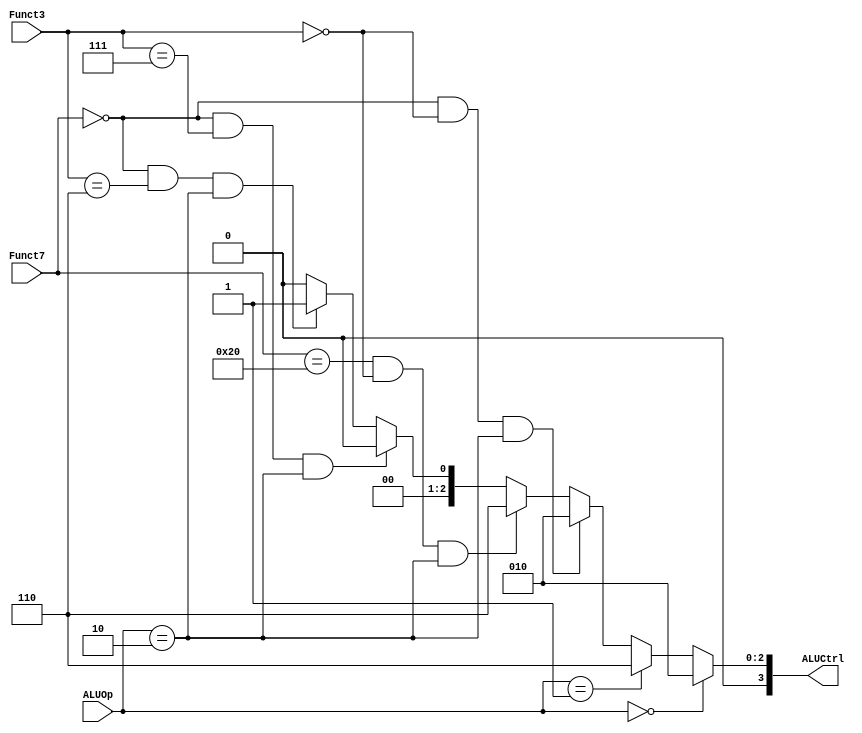
//-----------------------------------------------------------------
// ALUControl: Control signals about how the ALU should operate
//-----------------------------------------------------------------
module ALUControl (Funct7, Funct3, ALUOp, ALUCtrl);
  input wire [6:0]Funct7;
  input wire [2:0]Funct3;
  input wire [1:0]ALUOp;
  output reg [3:0]ALUCtrl;

  always @ (*) begin
    if(ALUOp == 2'b00) begin // Type Load and Type Store
      ALUCtrl <= 4'b0010; // add
    end
    else if(ALUOp == 2'b01) begin // Type Beq
      ALUCtrl <= 4'b0110; // sub
    end
    else if(Funct7 == 7'b0000000
     && Funct3 == 3'b000 && ALUOp == 2'b10) begin // Type R - ADD
      ALUCtrl <= 4'b0010; // add
    end
    else if(Funct7 == 7'b0100000
     && Funct3 == 3'b000 && ALUOp == 2'b10) begin // Type R - SUB
      ALUCtrl <= 4'b0110; // sub
    end
    else if(Funct7 == 7'b0000000
     && Funct3 == 3'b111 && ALUOp == 2'b10) begin // Type R - AND
      ALUCtrl <= 4'b0000; // and
    end
    else if(Funct7 == 7'b0000000
     && Funct3 == 3'b110 && ALUOp == 2'b10) begin // Type R - OR
      ALUCtrl <= 4'b0001; // or
    end
    else begin
      ALUCtrl <= 4'b0;
    end
  end
endmodule